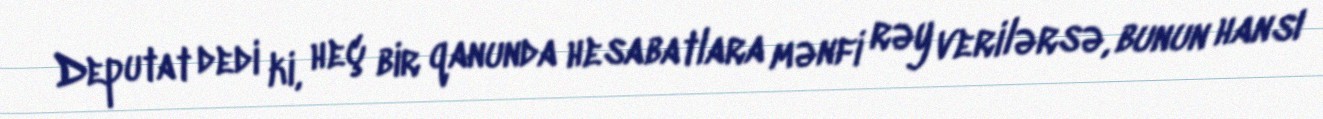
Deputat dedi ki, heç bir qanunda hesabatlara mənfi rəy verilərsə, bunun hansı